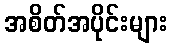
အစိတ်အပိုင်းများ